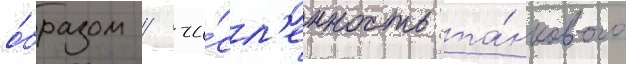
о́бразом / чи́сл'енность та́нкового